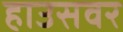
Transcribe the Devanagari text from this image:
हाउसवर